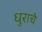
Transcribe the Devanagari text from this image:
धुराचे